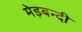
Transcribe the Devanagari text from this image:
मेड़बन्दी